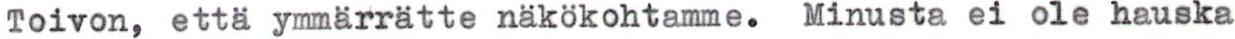
Toivon, että ymmärrätte näkökohtamme. Minusta ei ole hauska